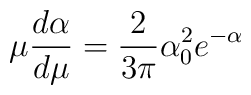
\mu\frac{d\alpha}{d\mu} = \frac{2}{3\pi} \alpha^2_0 e^{-\alpha}